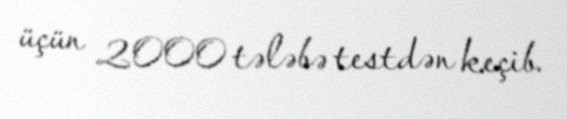
üçün 2000 tələbə testdən keçib.